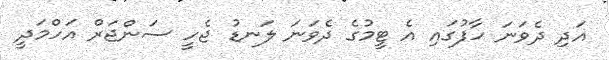
އަދި ދެވަނަ ހާފުގައި އެ ޓީމުގެ ދެވަނަ ލަނޑު ޖެހީ ސަންޖަރް އަހްމަދީ